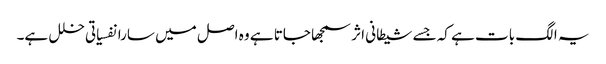
یہ الگ بات ہے کہ جسے شیطانی اثر سمجھا جاتا ہے وہ اصل میں سارا نفسیاتی خلل ہے۔